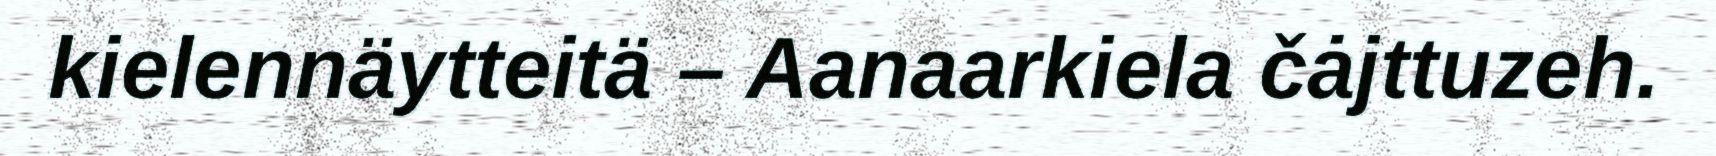
kielennäytteitä – Aanaarkiela čȧjttuzeh.